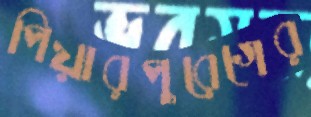
পিয়ারপুরেগের